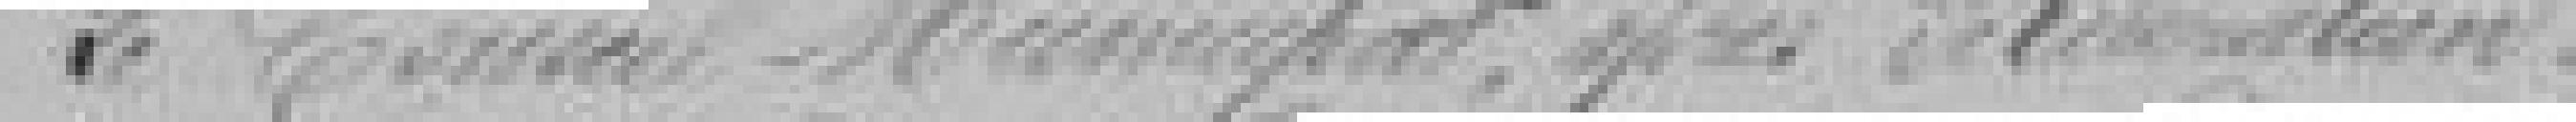
Le Conseil Municipal après délibération